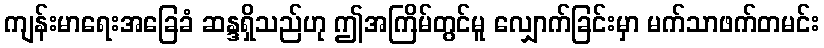
ကျန်းမာရေးအခြေခံ ဆန္ဒရှိသည်ဟု ဤအကြိမ်တွင်မူ လျှောက်ခြင်းမှာ မက်သာဖက်တမင်း